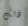
ذلك